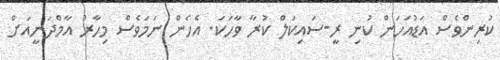
ކުރިންވެސް އަޑުއަހަން ކުނި ރީ-ސައިކަލް ކުރާ ވާހަކަ. އެހެން ނަމަވެސް މިހާރު އާމްދަނީއަށް